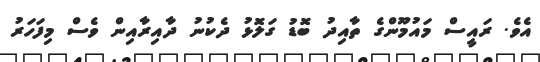
އެވެ. ރައީސް މައުމޫންގެ ތާއިދު ބޮޑު ގަލޮޅު ދެކުނު ދާއިރާއިން ވެސް މިފަހަރު